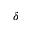
\delta